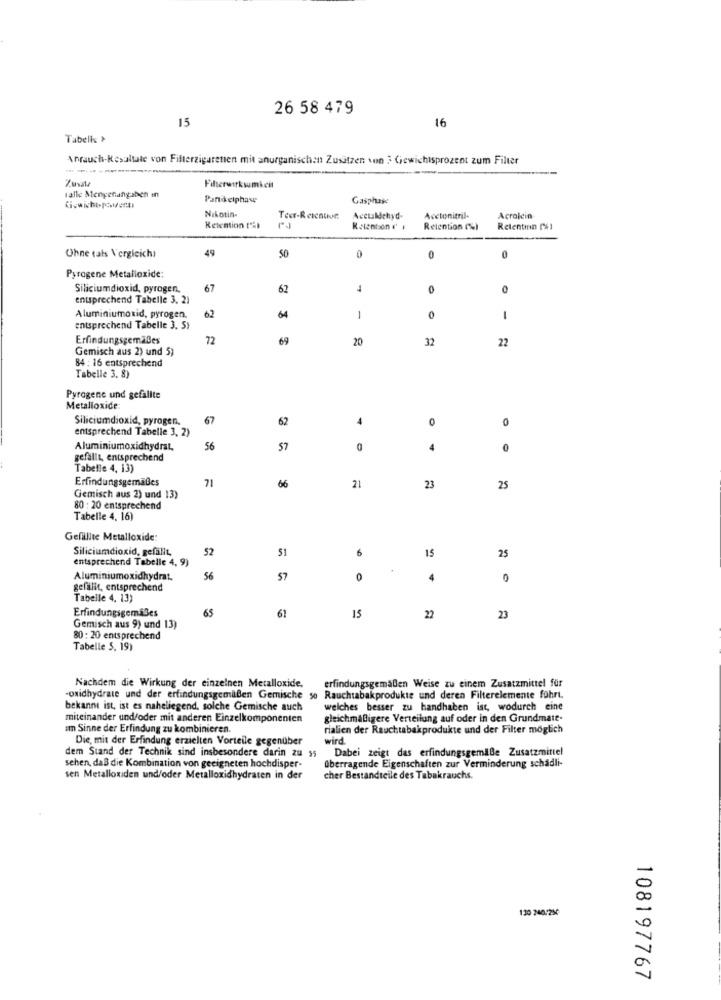
26 58 479
15
16
Tabell +
Anrauch-Resultate von Filterzigaretten mit anorganischan Zusitzen von 3 Gewichtsprozent zum Filter
talle Menyenangaben in
Filterwirksamkeit
Panikciphase
Gasphase
Nikotin-
Tect-Reicative
Acetaldehyd.
Acctonitril-
Acroicin
Retention t'il
Kstentson d' i
Retention (%)
Retentinn [%)
49
Ohne tats Vergleichs
50
0
0
Pyrogene Metalloxide:
Siliciumdioxid, pyrogen.
67
62
1
0
entsprechend Tabelle 3. 21
62
Aluminiumoxid, pyrogen.
1
0
1
entsprechend Tabelle 3. 5)
Erfindungsgemäßes
72
69
20
32
22
Gemisch aus 2) und 5)
84 : 16 entsprechend
Tabelle 3. 8)
Pyrogenc und gefallte
Metalloxide
Siliciumdioxid, pyrogen.
67
62
0
0
entsprechend Tabelle 3, 2)
Aluminiumoxidhydrat,
56
57
4
0
gefällt, entsprechend
Tabelle 4, 13)
Erfindungsgemäßes
71
66
21
23
25
Gemisch aus 2) und 13)
80 : 20 entsprechend
Tabelle 4, 16)
Gefüllte Metalloxide:
Siliciumdioxid, gefällt,
52
51
6
15
entsprechend Tabelle 4, 9)
25
Aluminiumoxidhydrat.
56
57
0
4
gefällt, entsprechend
Tabelle 4. 13)
Erfindungsgemäßes
65
61
15
22
23
Gemisch aus 9) und 13)
80 : 20 entsprechend
Tabelle 5. 19)
Nachdem die Wirkung der einzelnen Metalloxide.
erfindungsgemäßen Weise zu einem Zusatzmittel für
-oxidhydrate und der erfindungsgemäßen Gemische se Rauchtabakprodukte und deren Filterelemente führt.
bekannt ist, ist es naheliegend, solche Gemische auch
welches besser zu handhaben ist, wodurch eine
miteinander und/oder mit anderen Einzelkomponenten
gleichmäßigere Verteilung auf oder in den Grundmate-
am Sinne der Erfindung zu kombinieren
rialien der Rauchtabakprodukte und der Filter möglich
Die, mit der Erfindung erzielten Vorteile gegenüber
wird.
dem Stand der Technik sind insbesondere darin zu $5
Dabei zeigt das erfindungsgemäße Zusatzmittel
überragende Eigenschaften zur Verminderung schadli-
sehen, daß die Kombination von geeigneten hochdisper-
sen Metallouden und/oder Metalloxidhydraten in der
cher Bestandteile des Tabakrauchs.
130 240/250
108197767